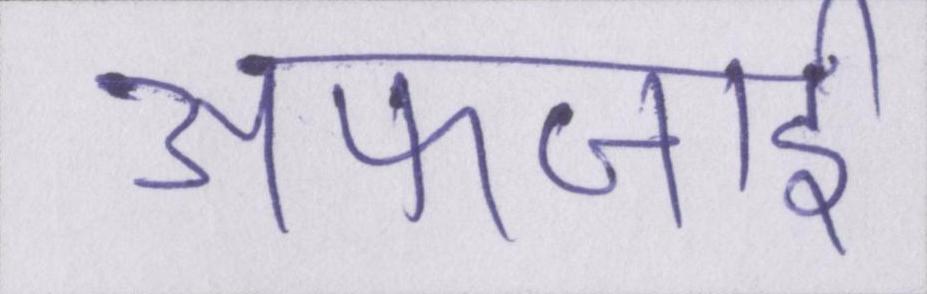
अफजाई